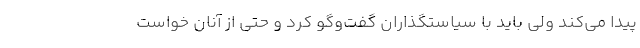
پیدا می‌کند ولی باید با سیاستگذاران گفت‌وگو کرد و حتی از آنان خواست